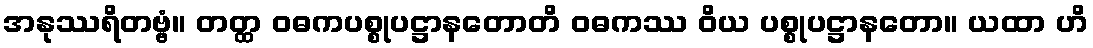
အနုဿရိတဗ္ဗံ။ တတ္ထ ဝဓကပစ္စုပဋ္ဌာနတောတိ ဝဓကဿ ဝိယ ပစ္စုပဋ္ဌာနတော။ ယထာ ဟိ